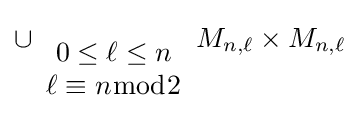
\cup _{\begin{array}{c}0\leq \ell \leq n\\\ell \equiv n{\bmod {2}}\end{array}}M_{n,\ell }\times M_{n,\ell }